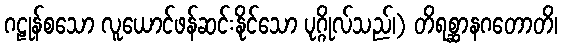
ဂဠုန်စသော လူယောင်ဖန်ဆင်းနိုင်သော ပုဂ္ဂိုလ်သည်၊) တိရစ္ဆာနဂတောတိ၊